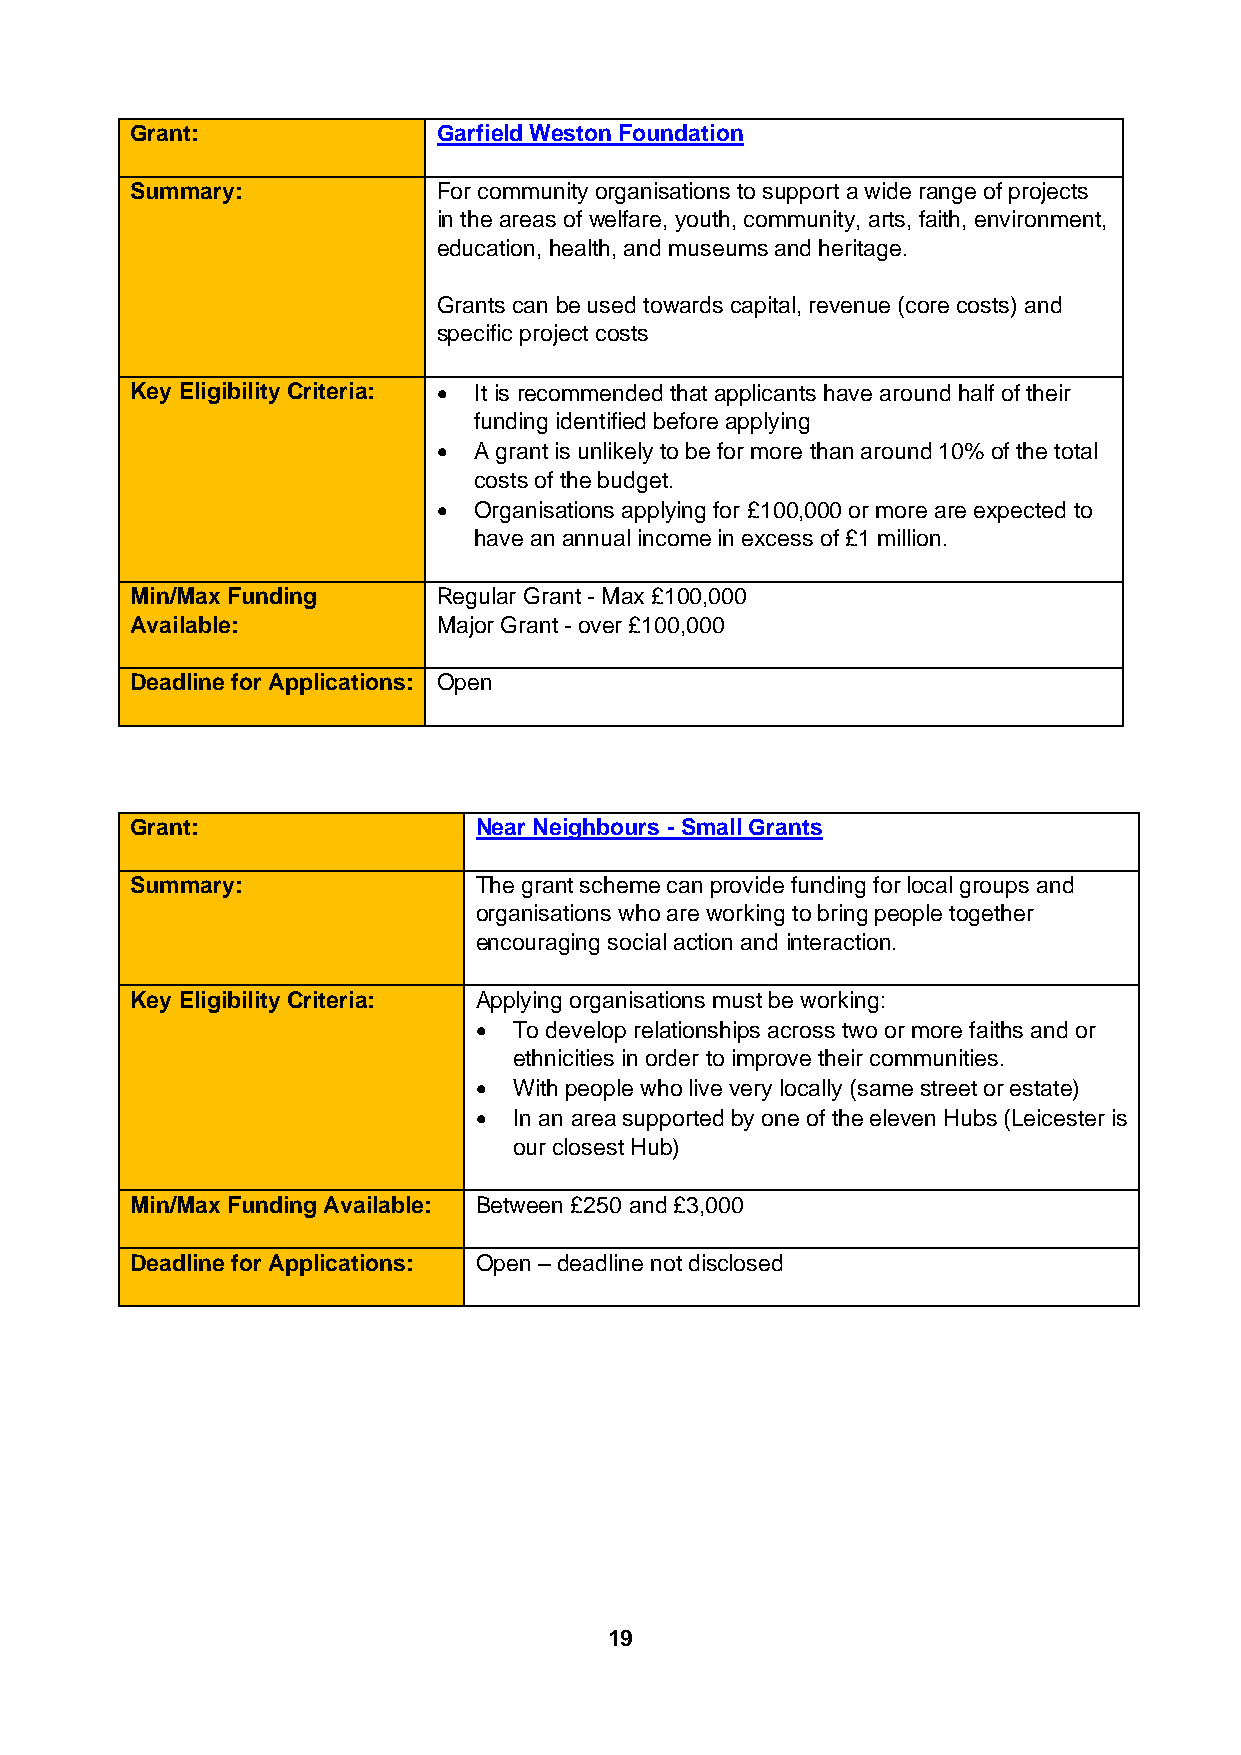
Grant:              Garfield Weston Foundation
 Summary:            For community organisations to support a wide range of projects
 in the areas of welfare, youth, community, arts, faith, environment,
 education, health, and museums and heritage.
 Grants can be used towards capital, revenue (core costs) and
 specific project costs
 Key Eligibility Criteria: • It is recommended that applicants have around half of their
 funding identified before applying
 • A grant is unlikely to be for more than around 10% of the total
 costs of the budget.
 • Organisations applying for £100,000 or more are expected to
 have an annual income in excess of £1 million.
 Min/Max Funding     Regular Grant - Max £100,000
 Available:          Major Grant - over £100,000
 Deadline for Applications: Open
 Grant:                Near Neighbours - Small Grants
 Summary:              The grant scheme can provide funding for local groups and
 organisations who are working to bring people together
 encouraging social action and interaction.
 Key Eligibility Criteria: Applying organisations must be working:
 •  To develop relationships across two or more faiths and or
 ethnicities in order to improve their communities.
 •  With people who live very locally (same street or estate)
 •  In an area supported by one of the eleven Hubs (Leicester is
 our closest Hub)
 Min/Max Funding Available: Between £250 and £3,000
 Deadline for Applications: Open – deadline not disclosed
 19